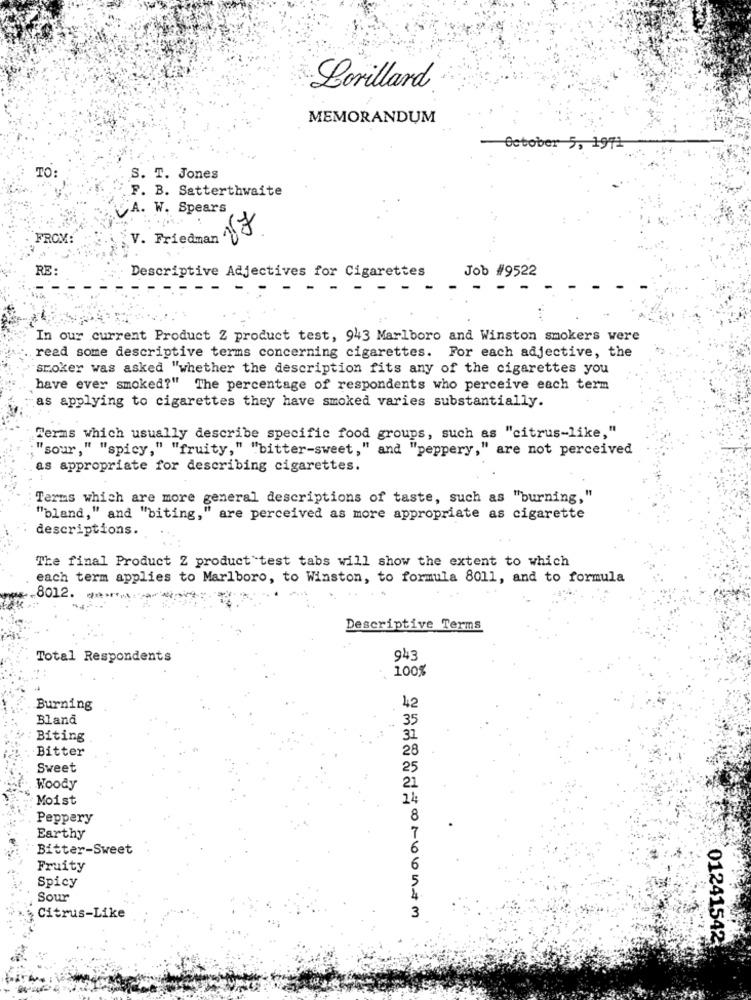
Lorillard
MEMORANDUM
October 5, 1971
TO
S. T. Jones
F. B. Satterthwaite
A. W. Spears
ER
FROM:
V. Friedman
RE:
Descriptive Adjectives for Cigarettes
Job #9522
In our current Product 2 product test, 943 Marlboro and Winston smokers were
read some descriptive terms concerning cigarettes. For each adjective, the
smoker was asked "whether the description fits any of the cigarettes you
have ever smoked?" The percentage of respondents who perceive each term
as applying to cigarettes they have smoked varies substantially.
Terms which usually describe specific food groups, such as "citrus-like,"
"sour," "spicy," "fruity," "bitter-sweet," and "peppery," are not perceived
as appropriate for describing cigarettes.
. ...
Terms which are more general descriptions of taste, such as "burning,"
"bland," and "biting," are perceived as more appropriate as cigarette
descriptions.
The final Product Z product test tabs will show the extent to which
each term applies to Marlboro, to Winston, to formula 8011, and to formula
8012.
Descriptive Terms
Total Respondents
943
100%
42
Burning
Bland
Biting
Bitter
Sweet
Woody
21
Moist
24
Peppery
8
Earthy
Bitter-Sweet
Fruity
Spicy
Sour
Citrus-Like
01241542